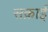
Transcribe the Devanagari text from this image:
सक़ाई